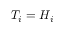
T _ { i } = H _ { i }